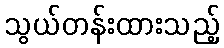
သွယ်တန်းထားသည့်